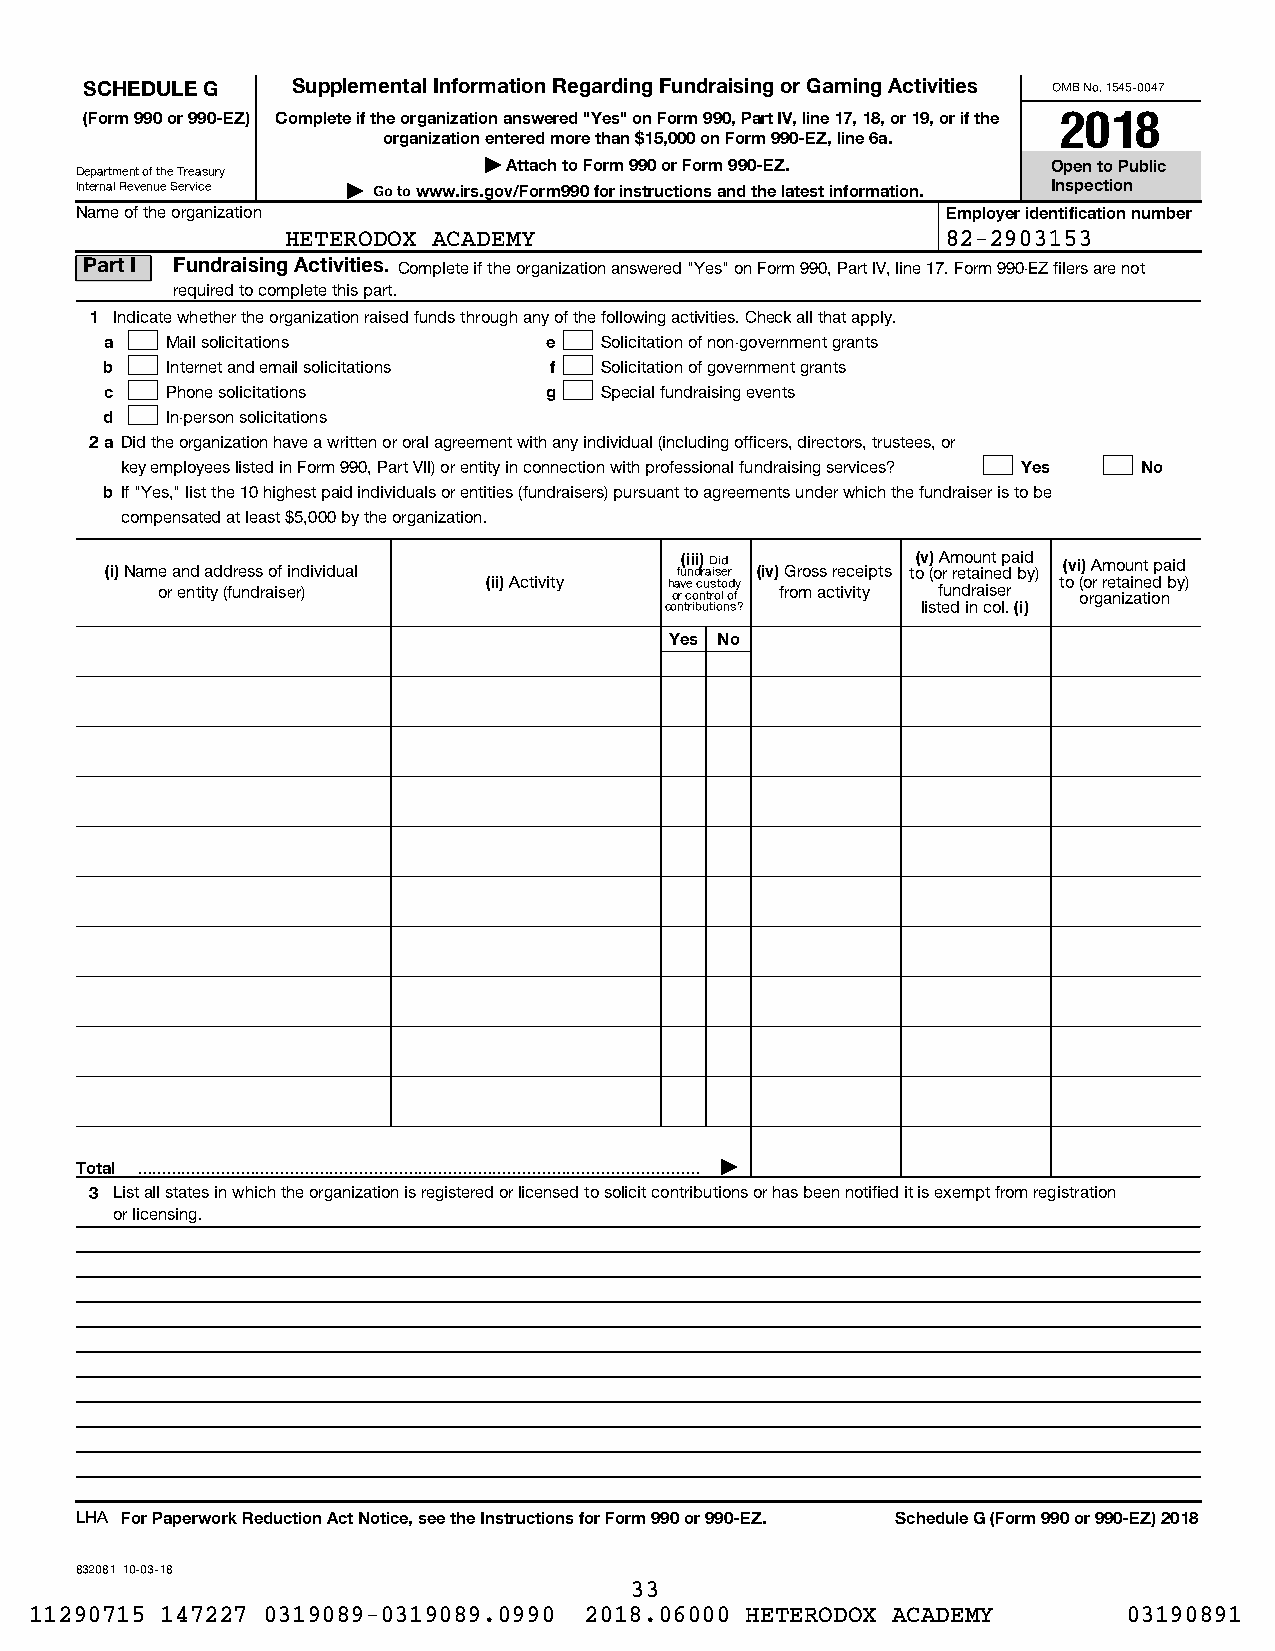
SCHEDULE G   Supplemental Information Regarding Fundraising or Gaming Activities OMB No. 1545-0047
 (Form 990 or 990-EZ) Complete if the organization answered "Yes" on Form 990, Part IV, line 17, 18, or 19, or if the 2018
 organization entered more than $15,000 on Form 990-EZ, line 6a.
 | Attach to Form 990 or Form 990-EZ.  Open to Public
 Department of the Treasury
 Internal Revenue Service | Go to www.irs.gov/Form990 for instructions and the latest information. Inspection
 Name of the organization                                  Employer identification number
 HETERODOX ACADEMY                           82-2903153
 Part I Fundraising Activities. Complete if the organization answered "Yes" on Form 990, Part IV, line 17. Form 990-EZ filers are not
 required to complete this part.
 1 Indicate whether the organization raised funds through any of the following activities. Check all that apply.
 a   Mail solicitations       e   Solicitation of non-government grants
 b   Internet and email solicitations f Solicitation of government grants
 c   Phone solicitations      g   Special fundraising events
 d   In-person solicitations
 2a Did the organization have a written or oral agreement with any individual (including officers, directors, trustees, or
 key employees listed in Form 990, Part VII) or entity in connection with professional fundraising services? Yes No
 b If "Yes," list the 10 highest paid individuals or entities (fundraisers) pursuant to agreements under which the fundraiser is to be
 compensated at least $5,000 by the organization.
 (i) Name and address of individual    fu(i ni di) r aD isid er (iv) Gross receipts to(v () o A r m reo tau in nt e p da bid y) (vi) Amount paid
 or entity (fundraiser) (ii) Activity h oa rv ce o c nu trs oto l d ofy from activity fundraiser to ( oo rr g r ae nt ia zi an te iod n by)
 contributions?   listed in col. (i)
 Yes No
 Total  |
 3 List all states in which the organization is registered or licensed to solicit contributions or has been notified it is exempt from registration
 or licensing.
 LHA For Paperwork Reduction Act Notice, see the Instructions for Form 990 or 990-EZ. Schedule G (Form 990 or 990-EZ) 2018
 832081 10-03-18
 33
 11290715 147227 0319089-0319089.0990 2018.06000 HETERODOX ACADEMY        03190891